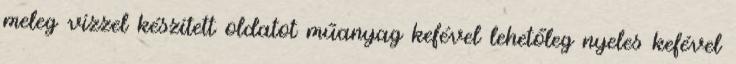
meleg vízzel készített oldatot műanyag kefével lehetőleg nyeles kefével